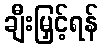
ချီးမြှင့်ရန်